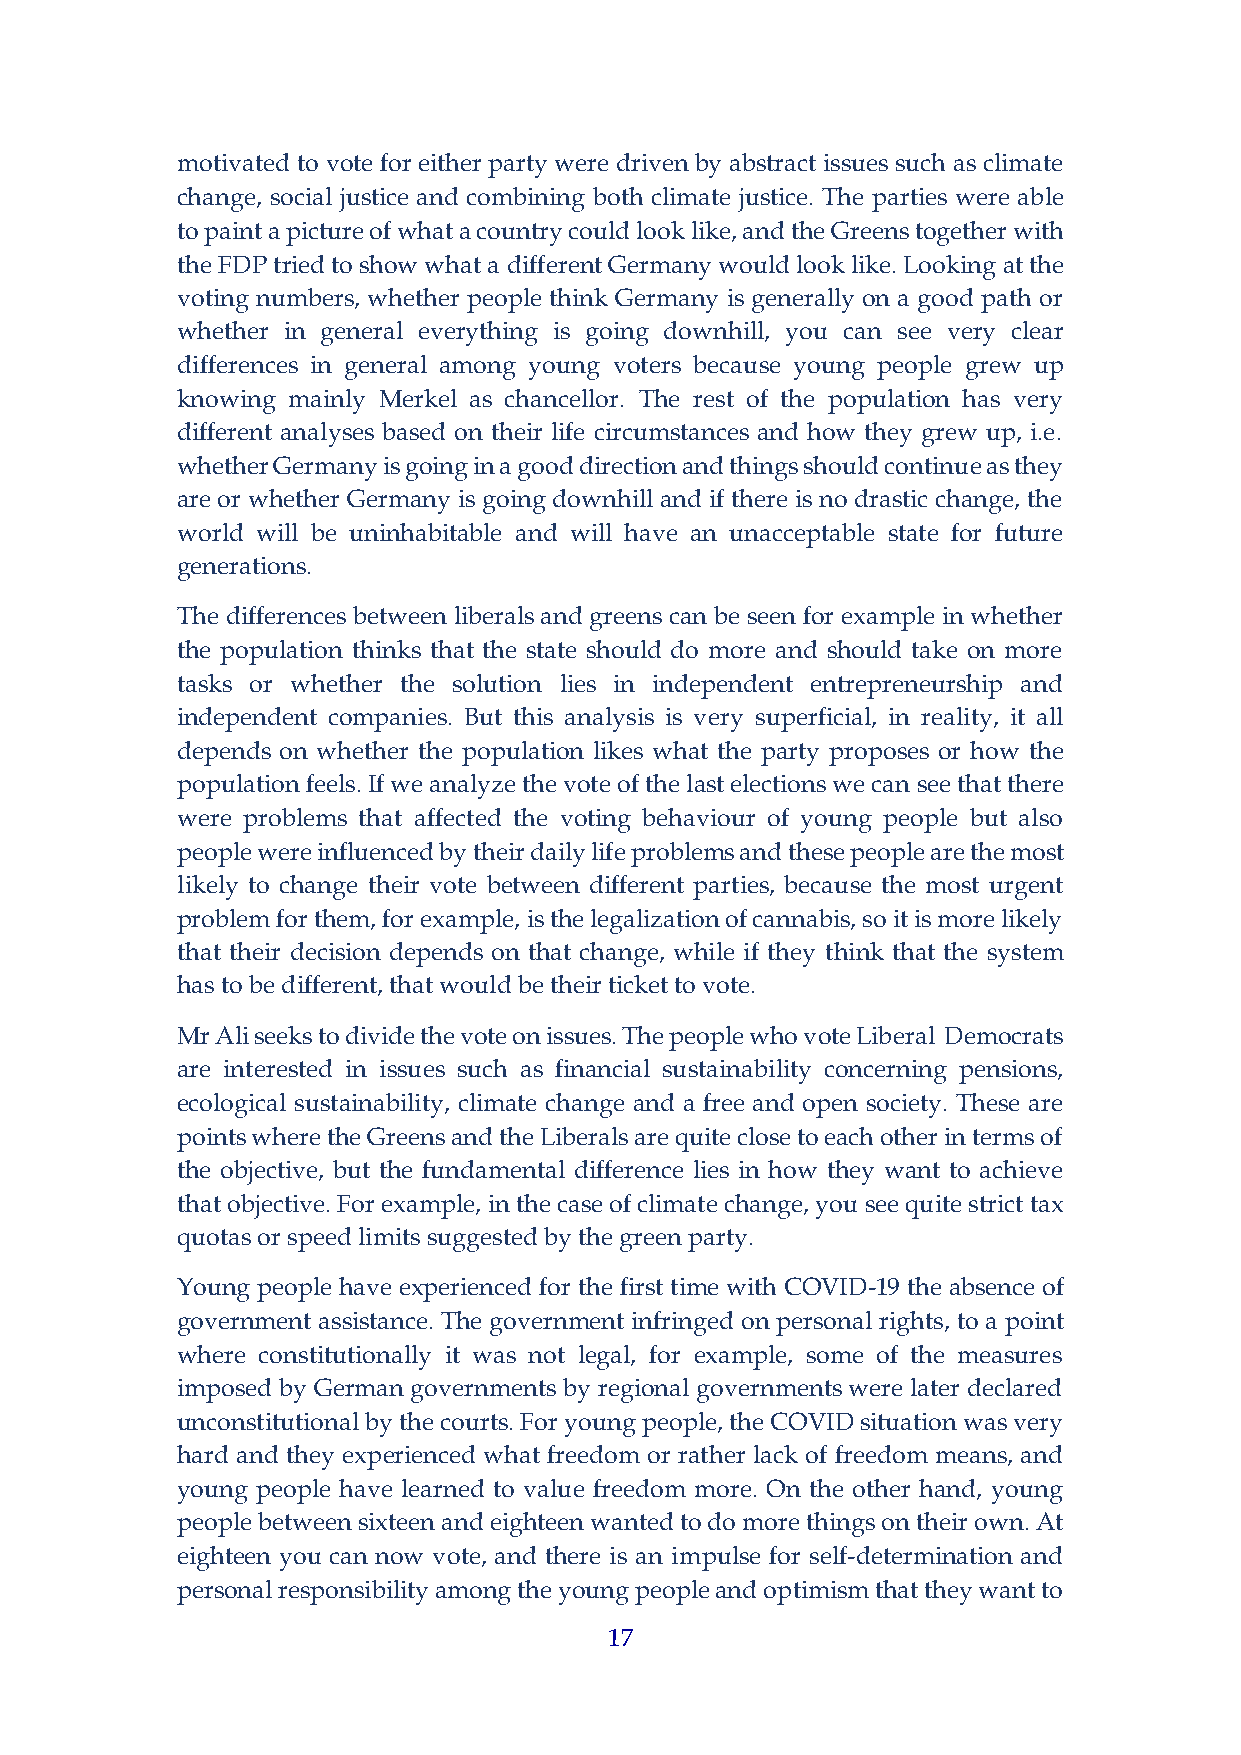
motivated to vote for either party were driven by abstract issues such as climate
 change, social justice and combining both climate justice. The parties were able
 to paint a picture of what a country could look like, and the Greens together with
 the FDP tried to show what a different Germany would look like. Looking at the
 voting numbers, whether people think Germany is generally on a good path or
 whether in general everything is going downhill, you can see very clear
 differences in general among young voters because young people grew up
 knowing mainly Merkel as chancellor. The rest of the population has very
 different analyses based on their life circumstances and how they grew up, i.e.
 whether Germany is going in a good direction and things should continue as they
 are or whether Germany is going downhill and if there is no drastic change, the
 world will be uninhabitable and will have an unacceptable state for future
 generations.
 The differences between liberals and greens can be seen for example in whether
 the population thinks that the state should do more and should take on more
 tasks or whether the solution lies in independent entrepreneurship and
 independent companies. But this analysis is very superficial, in reality, it all
 depends on whether the population likes what the party proposes or how the
 population feels. If we analyze the vote of the last elections we can see that there
 were problems that affected the voting behaviour of young people but also
 people were influenced by their daily life problems and these people are the most
 likely to change their vote between different parties, because the most urgent
 problem for them, for example, is the legalization of cannabis, so it is more likely
 that their decision depends on that change, while if they think that the system
 has to be different, that would be their ticket to vote.
 Mr Ali seeks to divide the vote on issues. The people who vote Liberal Democrats
 are interested in issues such as financial sustainability concerning pensions,
 ecological sustainability, climate change and a free and open society. These are
 points where the Greens and the Liberals are quite close to each other in terms of
 the objective, but the fundamental difference lies in how they want to achieve
 that objective. For example, in the case of climate change, you see quite strict tax
 quotas or speed limits suggested by the green party.
 Young people have experienced for the first time with COVID-19 the absence of
 government assistance. The government infringed on personal rights, to a point
 where constitutionally it was not legal, for example, some of the measures
 imposed by German governments by regional governments were later declared
 unconstitutional by the courts. For young people, the COVID situation was very
 hard and they experienced what freedom or rather lack of freedom means, and
 young people have learned to value freedom more. On the other hand, young
 people between sixteen and eighteen wanted to do more things on their own. At
 eighteen you can now vote, and there is an impulse for self-determination and
 personal responsibility among the young people and optimism that they want to
 17